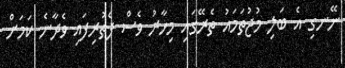
ނޭނގި އެ ބަލި މުޖުތަމައު ތެރޭގައި މިހާރު ވެސް ފެތުރިފައި ވެދާނެ ކަމަށް